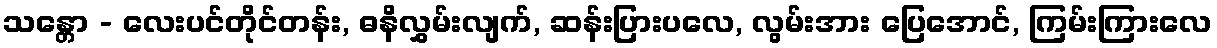
သန္တော - လေးပင်တိုင်တန်း, ဓနိလွှမ်းလျက်, ဆန်းပြားပလေ, လွမ်းအား ပြေအောင်, ကြမ်းကြားလေ